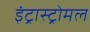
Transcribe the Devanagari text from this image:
इंट्रास्ट्रोमल